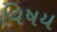
વિષય